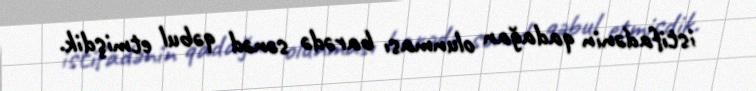
istifadənin qadağan olunması barədə sənəd qəbul etmişdik.